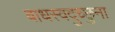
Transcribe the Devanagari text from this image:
बाधस्वदुच्छुना